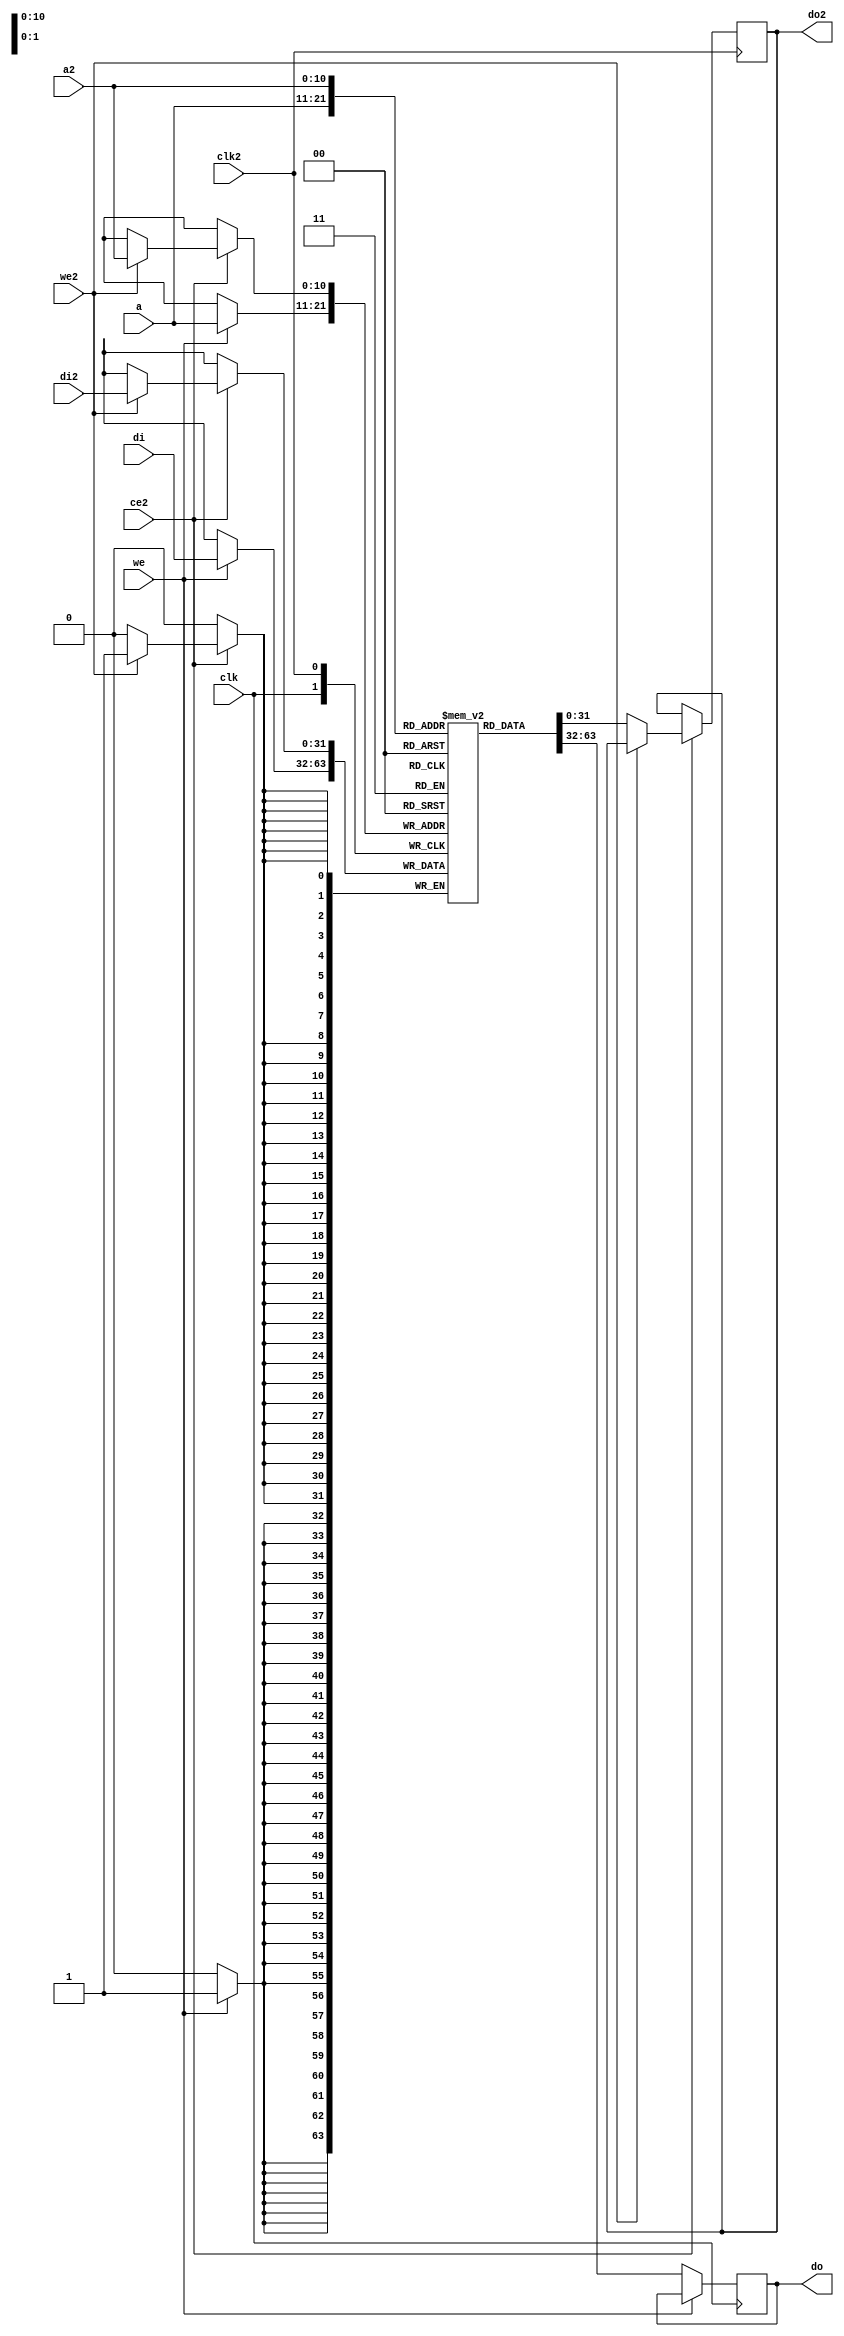
/*
 * Milkymist SoC
 * Copyright (C) 2007, 2008, 2009, 2010 Sebastien Bourdeauducq
 *
 * This program is free software: you can redistribute it and/or modify
 * it under the terms of the GNU General Public License as published by
 * the Free Software Foundation, version 3 of the License.
 *
 * This program is distributed in the hope that it will be useful,
 * but WITHOUT ANY WARRANTY; without even the implied warranty of
 * MERCHANTABILITY or FITNESS FOR A PARTICULAR PURPOSE.  See the
 * GNU General Public License for more details.
 *
 * You should have received a copy of the GNU General Public License
 * along with this program.  If not, see <http://www.gnu.org/licenses/>.
 */

/* Double-port RAM with double write-capable port */

module softusb_dpram #(
	parameter depth = 11, /* < log2 of the capacity in words */
	parameter width = 32,
	parameter initfile = ""
) (
	input clk,
	input clk2,

	input [depth-1:0] a,
	input we,
	input [width-1:0] di,
	output reg [width-1:0] do,

	input ce2,
	input [depth-1:0] a2,
	input we2,
	input [width-1:0] di2,
	output reg [width-1:0] do2
);

reg [width-1:0] ram[0:(1 << depth)-1];

// synthesis translate_off
integer i;
initial begin
	if(initfile != "")
		$readmemh(initfile, ram);
	else
		for(i=0;i<(1 << depth);i=i+1)
			ram[i] = 0;
end
// synthesis translate_on

always @(posedge clk) begin
	if(we)
		ram[a] <= di;
	else
		do <= ram[a];
end

always @(posedge clk2) begin
	if(ce2) begin
		if(we2)
			ram[a2] <= di2;
		else
			do2 <= ram[a2];
	end
end

endmodule